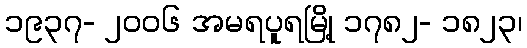
၁၉၃၇- ၂၀၀၆ အမရပူရမြို့ ၁၇၈၂- ၁၈၂၃၊